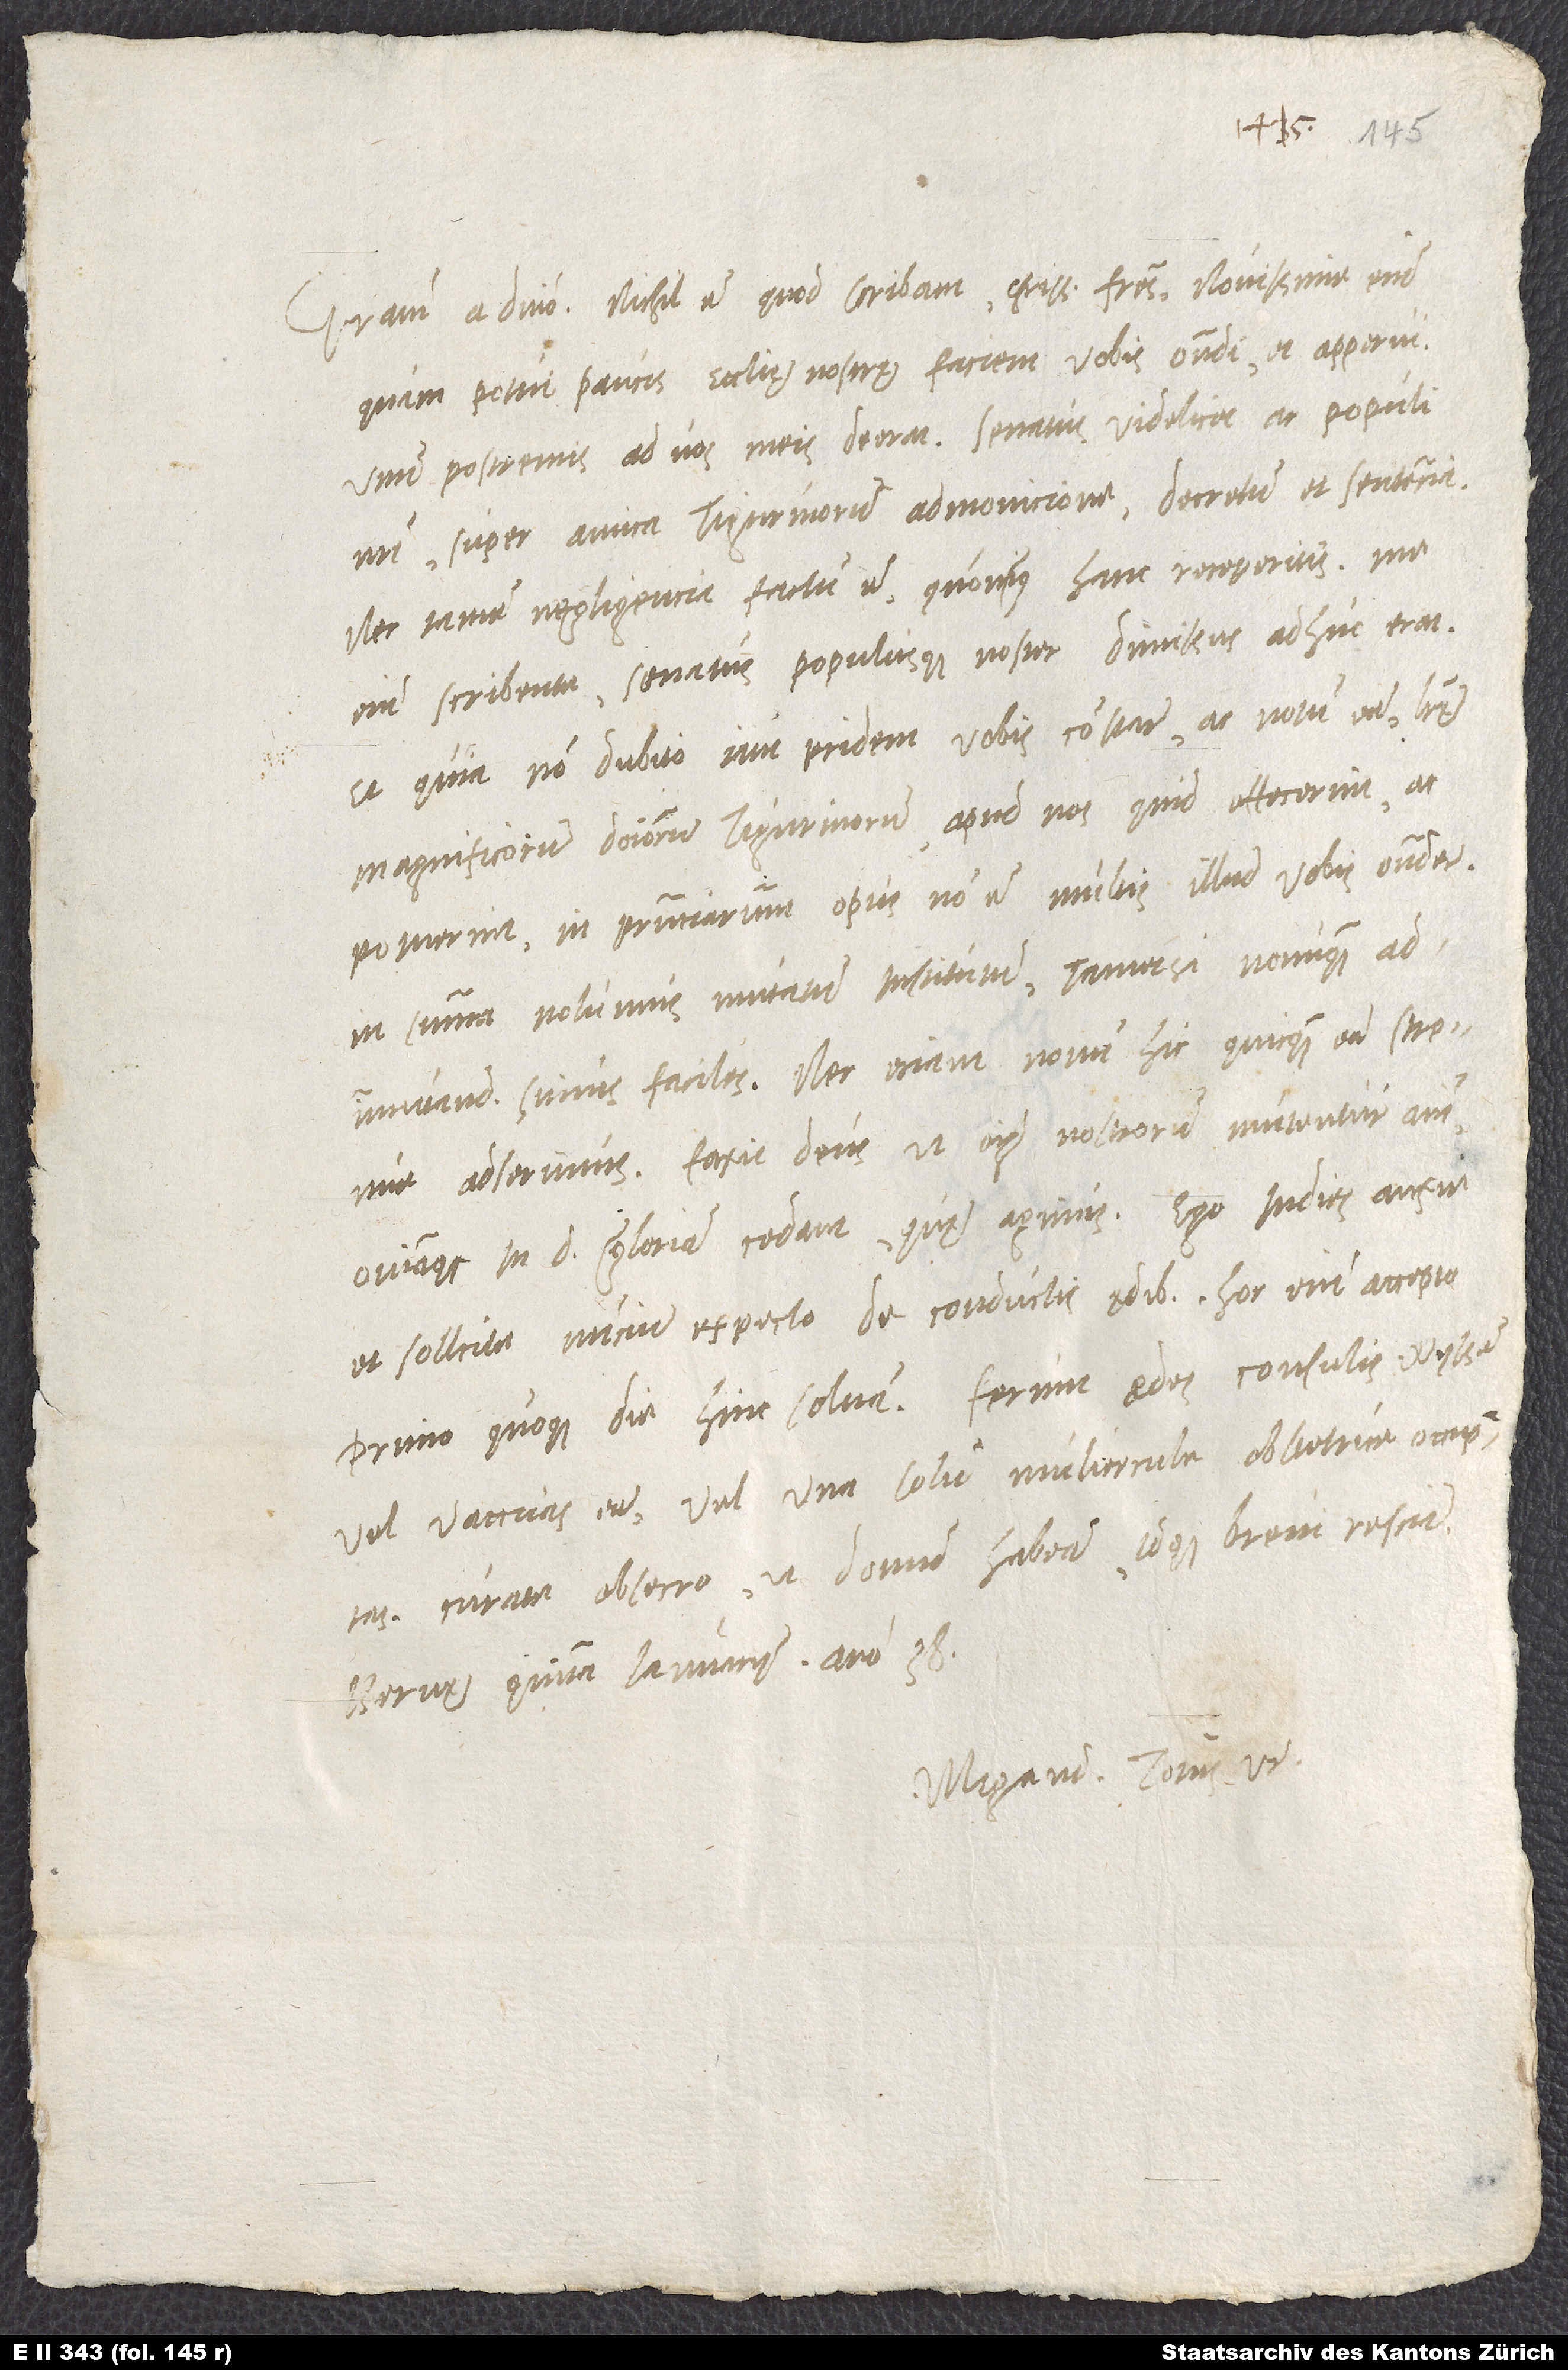
Gratiam a domino. Nihil est, quod scribam, charissimi fratres; novissime enim
quam potui paucis ecclesię nostrę faciem vobis ostendi et apperui.
Unum postremis ad vos meis deerat, senatus videlicet ac populi
nostri super amica Tigurinorum admonicione decretum et sentencia.
Nec tamen negligencia factum est, quominus hanc receperitis; me
enim scribente senatus populusque noster dimissus adhuc erat.
Et quia non dubito iam pridem vobis constare ac notum esse, literę
magnificorum dominorum Tigurinorum apud nos quid effecerint ac
potuerint, in praesenciarum opus non est multis illud vobis ostendere;
in summa: „Nolumus mutatum institutum, tametsi nonunquam ad
immutandum simus faciles, nec eciam novum hic quicquam esse strenue
adserimus.“ Faxit deus, ut omnium nostrorum mutentur animi
omniaque in domini gloriam cedant, quę agimus. Ego indies anxie
et sollicite nuncium expecto de conductis ędibus. Hoc enim accepto
primo quoque die hinc solvam. Ferunt ędes consulis Wyssen
vel vacuas esse vel una solum muliercula obstetrice occupatas.
Curate, obsecro, ut domum habeam idque brevi rescire.
Bernę, quinta ianuarii anno 38.
Megand. totus vester.